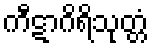
ကီဋာဂိရိသုတ္တံ